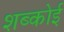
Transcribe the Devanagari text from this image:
शब्कोई